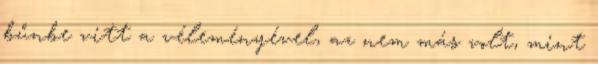
bűnbe vitt a véleményével, az nem más volt, mint